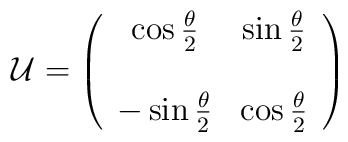
{\cal{U}} =\left( \begin{array}{cc} \cos{\frac{\theta}{2}} &\sin{\frac{\theta}{2}} \\ \\ -\sin{\frac{\theta}{2}} &\cos{\frac{\theta}{2}} \end{array} \right)